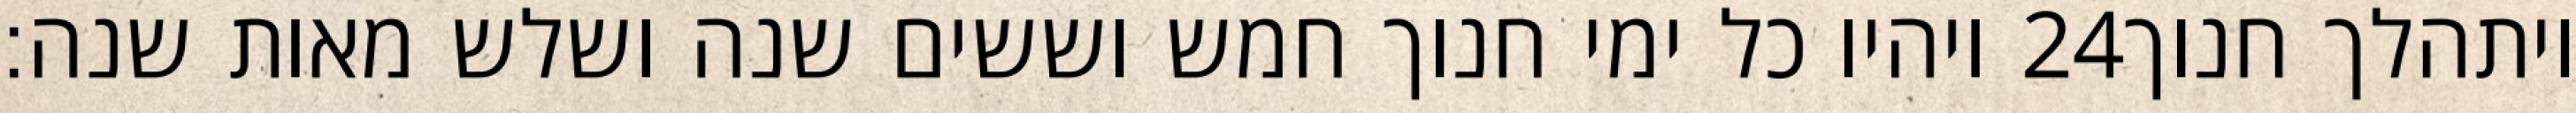
ויהיו כל ימי חנוך חמש וששים שנה ושלש מאות שנה׃ ‎24‏ ויתהלך חנוך